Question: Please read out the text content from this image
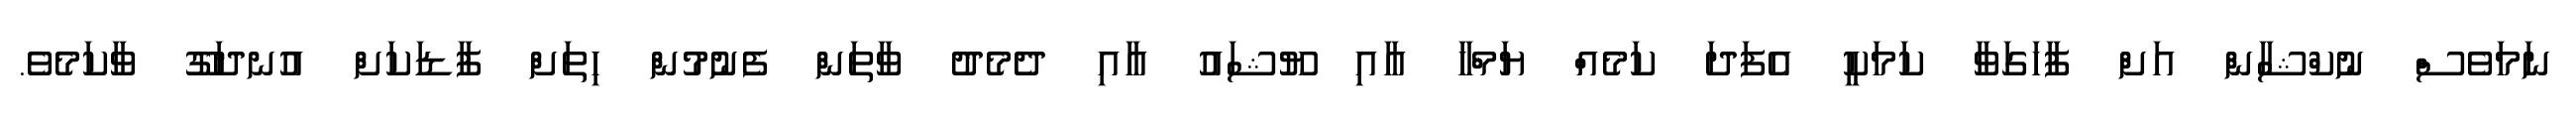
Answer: ނަމަވެސް ނުކްޝާން އަށް ފާހަގަވާ ކަމަކީ އެފަދަ ކަމެއް ޔަމްހާ އާއި ޔޫޝައު އާއި ދެމެދު ވާތަން ފެނުމުން ހިތަށް ފާޑަކަށް އުނދަގޫ ވާކަމެވެ.